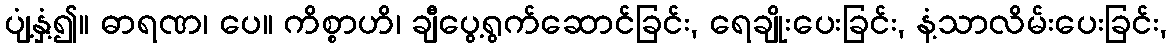
ပျံ့နှံ့၍။ ဓာရဏ၊ ပေ။ ကိစ္စာဟိ၊ ချီပွေ့ရွက်ဆောင်ခြင်း, ရေချိုးပေးခြင်း, နံ့သာလိမ်းပေးခြင်း,